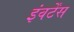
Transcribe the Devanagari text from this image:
इंवर्टेंस